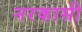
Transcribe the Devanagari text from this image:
नरकासी